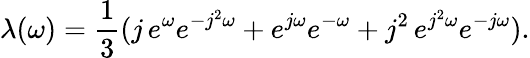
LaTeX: \lambda(\omega)={\frac 13}(j\, e^{\omega}e^{-j^{2}\omega}+e^{j\omega}e^{-\omega}+j^{2}\, e^{j^{2}\omega}e^{-j\omega}).